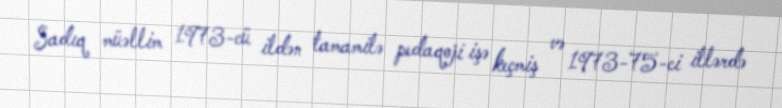
Sadıq müəllim 1973-cü ildən tamamilə pedaqoji işə keçmiş və 1973-75-ci illərdə